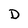
Character: D